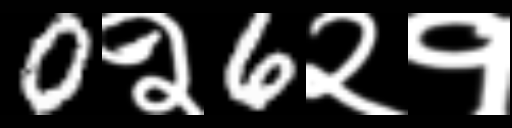
Text: 0२6२१